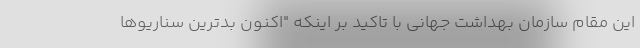
این مقام سازمان بهداشت جهانی با تاکید بر اینکه "اکنون بدترین سناریوها